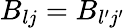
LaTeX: B_{lj}=B_{l{'}j{'}}